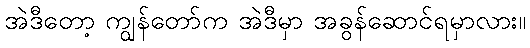
အဲဒီတော့ ကျွန်တော်က အဲဒီမှာ အခွန်ဆောင်ရမှာလား။